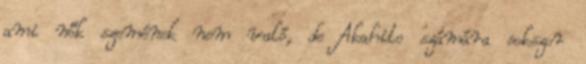
ami nők szemének nem való, de Akahito számára sokszor